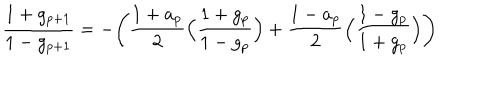
LaTeX: \frac { 1 + g _ { p + 1 } } { 1 - g _ { p + 1 } } = - \Biggl ( \frac { 1 + a _ { p } } { 2 } \Bigl ( \frac { 1 + g _ { p } } { 1 - g _ { p } } \Bigr ) + \frac { 1 - a _ { p } } { 2 } \Bigl ( \frac { 1 - g _ { p } } { 1 + g _ { p } } \Bigr ) \Biggr )